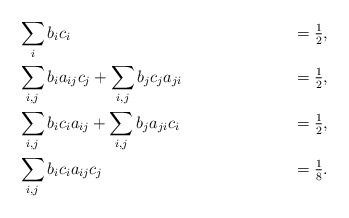
LaTeX: \begin{align*}&\displaystyle\sum_{i}b_{i}c_{i}&= \tfrac{1}{2},\\&\displaystyle\sum_{i,j}b_{i}a_{ij}c_{j}+\displaystyle\sum_{i,j}b_{j}c_{j}a_{ji}&= \tfrac{1}{2}, \\&\displaystyle\sum_{i,j}b_{i}c_{i}a_{ij}+\displaystyle\sum_{i,j}b_{j}a_{ji}c_{i}&= \tfrac{1}{2}, \\&\displaystyle\sum_{i,j}b_{i}c_{i}a_{ij}c_{j} &= \tfrac{1}{8}.\end{align*}